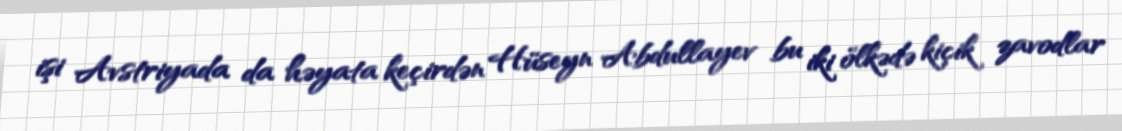
işi Avstriyada da həyata keçirdən Hüseyn Abdullayev bu iki ölkədə kiçik zavodlar